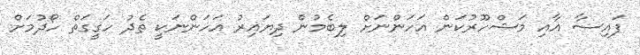
ފައިިސާ އާއި މަޝްހޫރުކަން އަހަންނަށް ލިބެމުން ދިޔައިރު އަހަންނަކީ ތެދު ހަގީގަތް ހޯދުމަށް